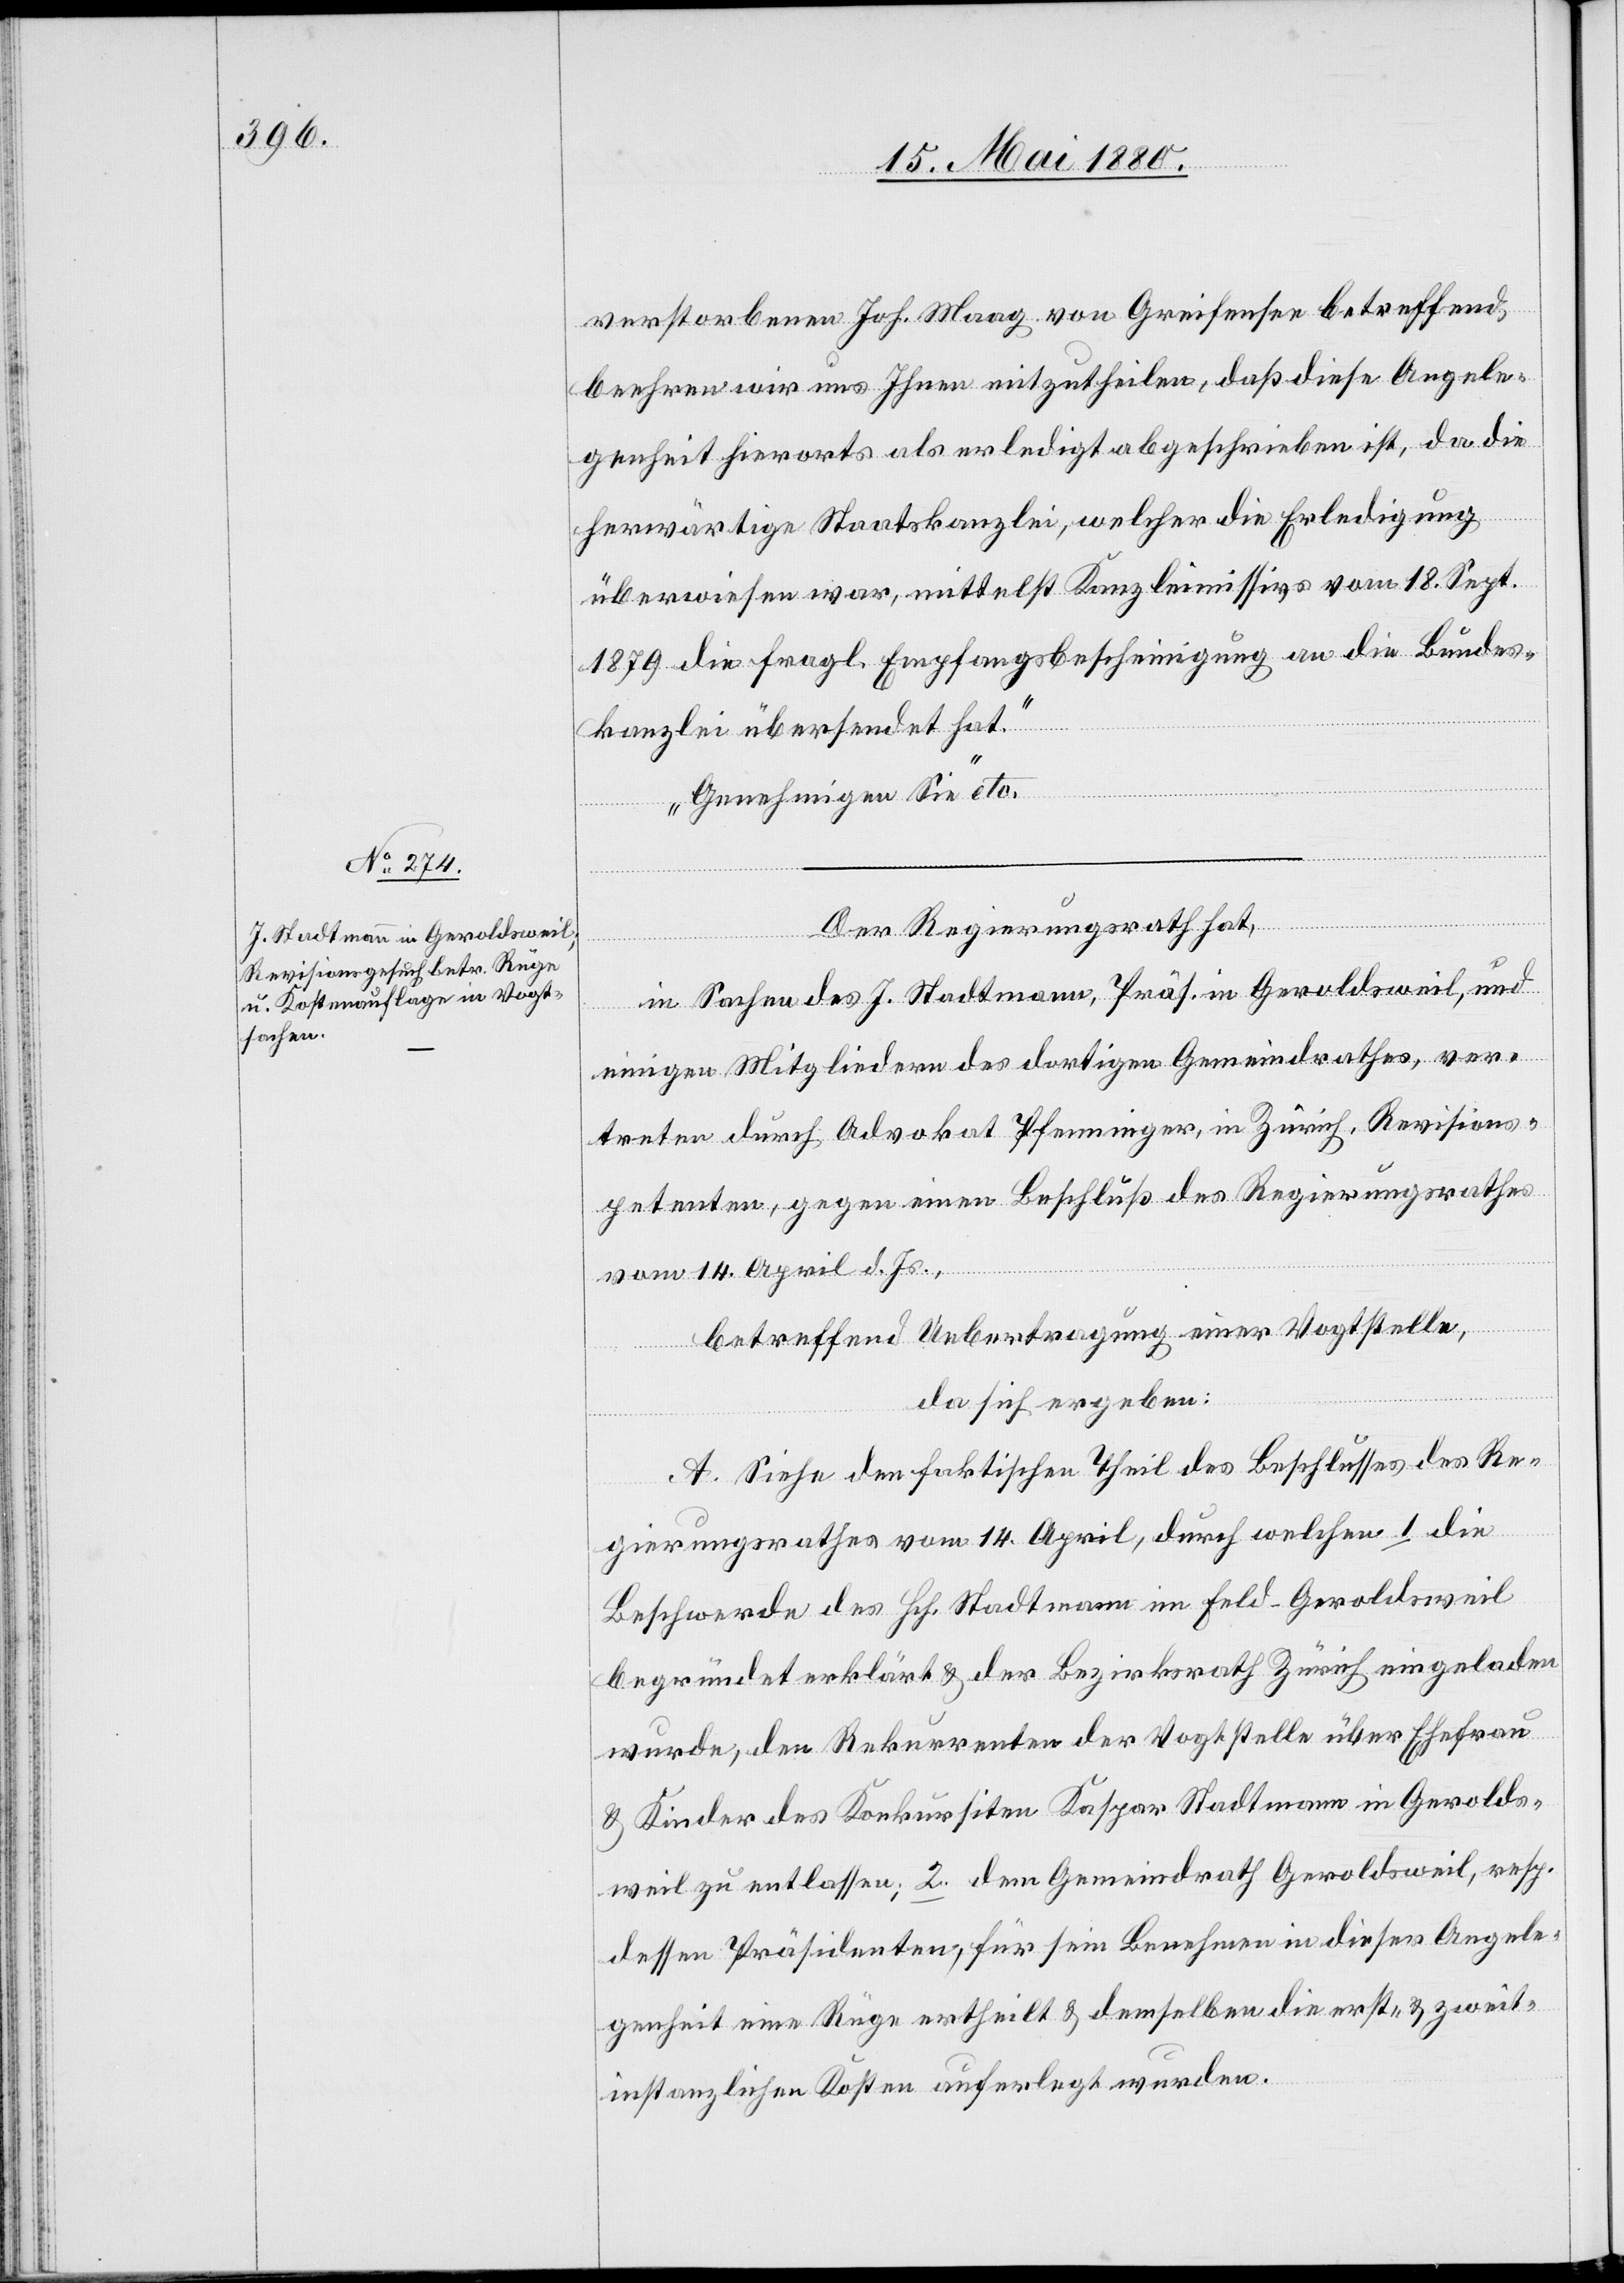
verstorbenen Joh. Maag von Greifensee betreffend,
beehren wir uns Ihnen mitzutheilen, daß diese Angele¬
genheit hierorts als erledigt abgeschrieben ist, da die
herwärtige Staatskanzlei, welche die Erledigung
überwiesen war, mittelst Kanzleimissiv vom 18. Sept.
1879 die fragl. Empfangsbescheinigung an die Bundes¬
kanzlei übersendet hat.
Genehmigen Sie“ etc.
Der Regierungsrath hat,
in Sachen des H. Stadtmann, Präs. in Geroldsweil, und
einigen Mitgliedern des dortigen Gemeindrathes, ver¬
treten durch Advokat Pfenninger, in Zürich, Revisions¬
petenten, gegen einen Beschluß des Regierungsrathes
vom 14. April d. Js.,
betreffend Uebertragung einer Vogtstelle,
da sich ergeben:
A. Siehe den faktischen Theil des Beschlusses des Re¬
gierungsrathes vom 14. April, durch welchen 1 die
Beschwerde des Hch. Stadtmann im Feld - Geroldsweil
begründet erklärt & der Bezirksrath Zürich eingeladen
wurde, den Rekurrenten der Vogtstelle über Ehefrau
& Kinder des Konkursiten Kaspar Stadtmann in Gerolds¬
weil zu entlassen; 2. dem Gemeindrath Geroldsweil, resp.
dessen Präsidenten, für sein Benehmen in dieser Angele¬
genheit eine Rüge ertheilt & demselben die erst- & zweit¬
instanzlichen Kosten auferlegt wurden.